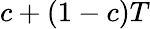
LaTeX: c+(1-c)T